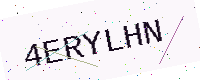
Text: 4ERYLHN